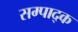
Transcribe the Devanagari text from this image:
सम्पाद्क